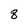
Character: 8